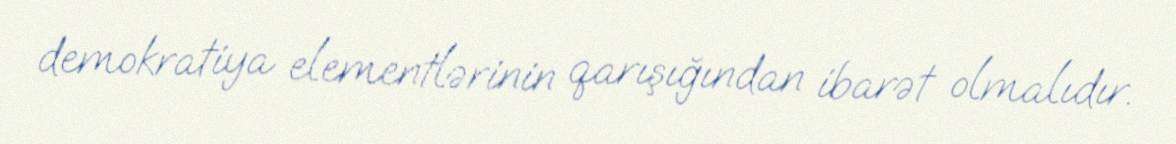
demokratiya elementlərinin qarışığından ibarət olmalıdır.